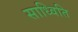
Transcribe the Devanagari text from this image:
साध्विति